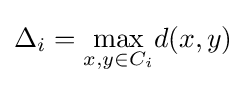
\Delta _{i}={\underset {x,y\in C_{i}}{\text{max}}}d(x,y)